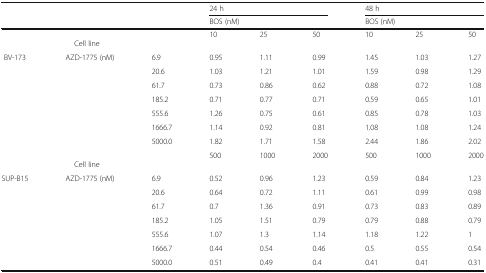
| <ROWSPAN=2>  | <ROWSPAN=2>  | <ROWSPAN=2>  | <COLSPAN=3> 24 h | <COLSPAN=3> 48 h |
 | <COLSPAN=3> BOS (nM) | <COLSPAN=3> BOS (nM) |
 | --- | --- | --- | --- | --- | --- | --- | --- | --- |
 | <COLSPAN=3> Cell line | 10 | 25 | 50 | 10 | 25 | 50 |
 | <ROWSPAN=7> BV-173 | <ROWSPAN=7> AZD-1775 (nM) | 6.9 | 0.95 | 1.11 | 0.99 | 1.45 | 1.03 | 1.27 |
 | 20.6 | 1.03 | 1.21 | 1.01 | 1.59 | 0.98 | 1.29 |
 | 61.7 | 0.73 | 0.86 | 0.62 | 0.88 | 0.72 | 1.08 |
 | 185.2 | 0.71 | 0.77 | 0.71 | 0.59 | 0.65 | 1.01 |
 | 555.6 | 1.26 | 0.75 | 0.61 | 0.85 | 0.78 | 1.03 |
 | 1666.7 | 1.14 | 0.92 | 0.81 | 1.08 | 1.08 | 1.24 |
 | 5000.0 | 1.82 | 1.71 | 1.58 | 2.44 | 1.86 | 2.02 |
 | <COLSPAN=3> Cell line | 500 | 1000 | 2000 | 500 | 1000 | 2000 |
 | <ROWSPAN=7> SUP-B15 | <ROWSPAN=7> AZD-1775 (nM) | 6.9 | 0.52 | 0.96 | 1.23 | 0.59 | 0.84 | 1.23 |
 | 20.6 | 0.64 | 0.72 | 1.11 | 0.61 | 0.99 | 0.98 |
 | 61.7 | 0.7 | 1.36 | 0.91 | 0.73 | 0.83 | 0.89 |
 | 185.2 | 1.05 | 1.51 | 0.79 | 0.79 | 0.88 | 0.79 |
 | 555.6 | 1.07 | 1.3 | 1.14 | 1.18 | 1.22 | 1 |
 | 1666.7 | 0.44 | 0.54 | 0.46 | 0.5 | 0.55 | 0.54 |
 | 5000.0 | 0.51 | 0.49 | 0.4 | 0.41 | 0.41 | 0.31 |